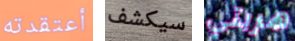
أعتقدته سيكشف هربتي